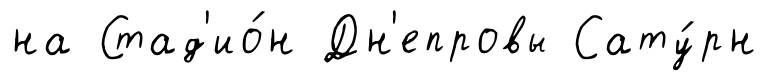
на Стад'ио́н Дн'епровы Сату́рн